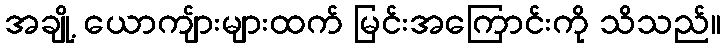
အချို့ ယောကျ်ားများထက် မြင်းအကြောင်းကို သိသည်။